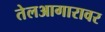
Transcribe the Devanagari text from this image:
तेलआगारावर